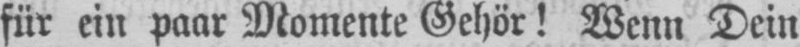
für ein paar Momente Gehör! Wenn Dein